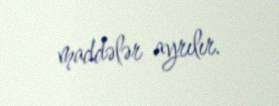
maddələr ayrılır.